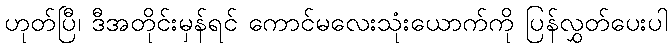
ဟုတ်ပြီ၊ ဒီအတိုင်းမှန်ရင် ကောင်မလေးသုံးယောက်ကို ပြန်လွှတ်ပေးပါ